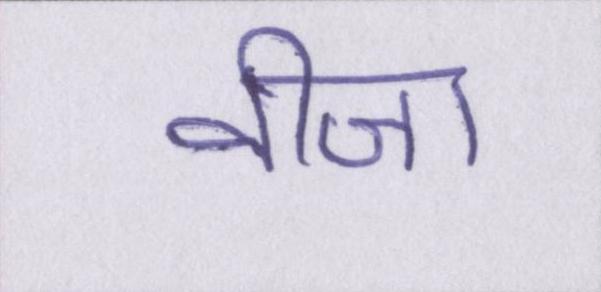
वीजा